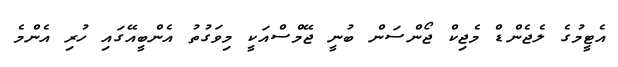
އެޓީމުގެ ލެޖެންޑް މެޖިކް ޖޯންސަން ބުނީ ޖޭމްސްއަކީ މިވަގުތު އެންބީއޭގައި ހުރި އެންމެ